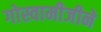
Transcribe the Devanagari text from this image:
गोस्वामीजीने